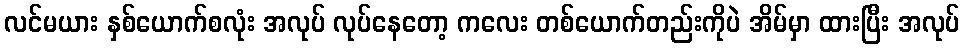
လင်မယား နှစ်ယောက်စလုံး အလုပ် လုပ်နေတော့ ကလေး တစ်ယောက်တည်းကိုပဲ အိမ်မှာ ထားပြီး အလုပ်